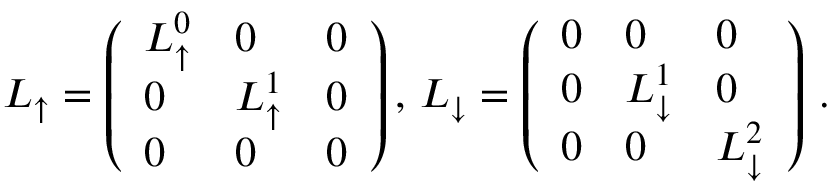
\begin{array} { r } { \boldsymbol { L } _ { \uparrow } = \left( \begin{array} { l l l } { L _ { \uparrow } ^ { 0 } } & { 0 } & { 0 } \\ { 0 } & { L _ { \uparrow } ^ { 1 } } & { 0 } \\ { 0 } & { 0 } & { 0 } \end{array} \right) , \, \boldsymbol { L } _ { \downarrow } = \left( \begin{array} { l l l } { 0 } & { 0 } & { 0 } \\ { 0 } & { L _ { \downarrow } ^ { 1 } } & { 0 } \\ { 0 } & { 0 } & { L _ { \downarrow } ^ { 2 } } \end{array} \right) \, . } \end{array}